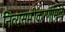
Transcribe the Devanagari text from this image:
नित्यसमीकरणांमुळे